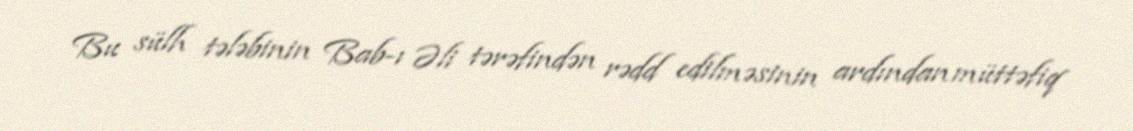
Bu sülh tələbinin Bab-ı Əli tərəfindən rədd edilməsinin ardından müttəfiq